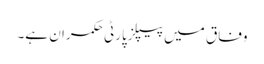
وفاق میں پیپلزپارٹی حکمران ہے۔